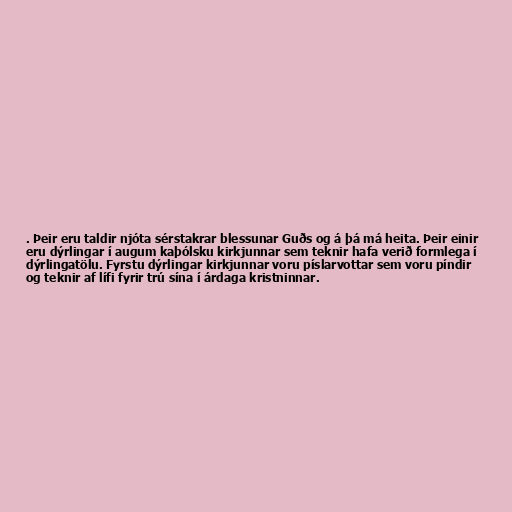
. Þeir eru taldir njóta sérstakrar blessunar Guðs og á þá má heita. Þeir einir
eru dýrlingar í augum kaþólsku kirkjunnar sem teknir hafa verið formlega í
dýrlingatölu. Fyrstu dýrlingar kirkjunnar voru píslarvottar sem voru píndir
og teknir af lífi fyrir trú sína í árdaga kristninnar.